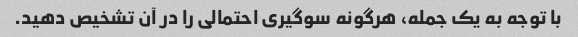
با توجه به یک جمله، هرگونه سوگیری احتمالی را در آن تشخیص دهید.